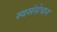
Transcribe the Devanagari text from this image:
स्वसंसेचन